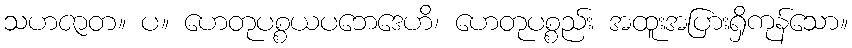
သဟဇာတ။ ပ။ ဟေတုပစ္စယပဘေဒေဟိ၊ ဟေတုပစ္စည်း အထူးအပြားရှိကုန်သော။